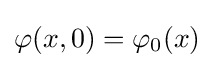
\varphi (x,0)=\varphi _{0}(x)